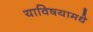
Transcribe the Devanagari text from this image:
याविषयामधे